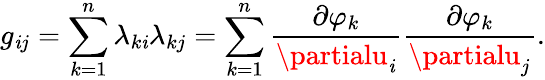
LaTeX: g_{\mathit{i}j}=\sum_{k=1}^{n}\lambda_{k\mathit{i}}\lambda_{kj}=\sum_{k=1}^{n}{\frac{{\partial\varphi_{k}}}{{\partialu_{\mathit{i}}}}}{\frac{{\partial\varphi_{k}}}{{\partialu_{j}}}}.